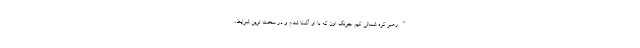
"رهبر کره شمالی کیم جونگ اون که با او آشنا شدم و در سخت ترین شرایط،